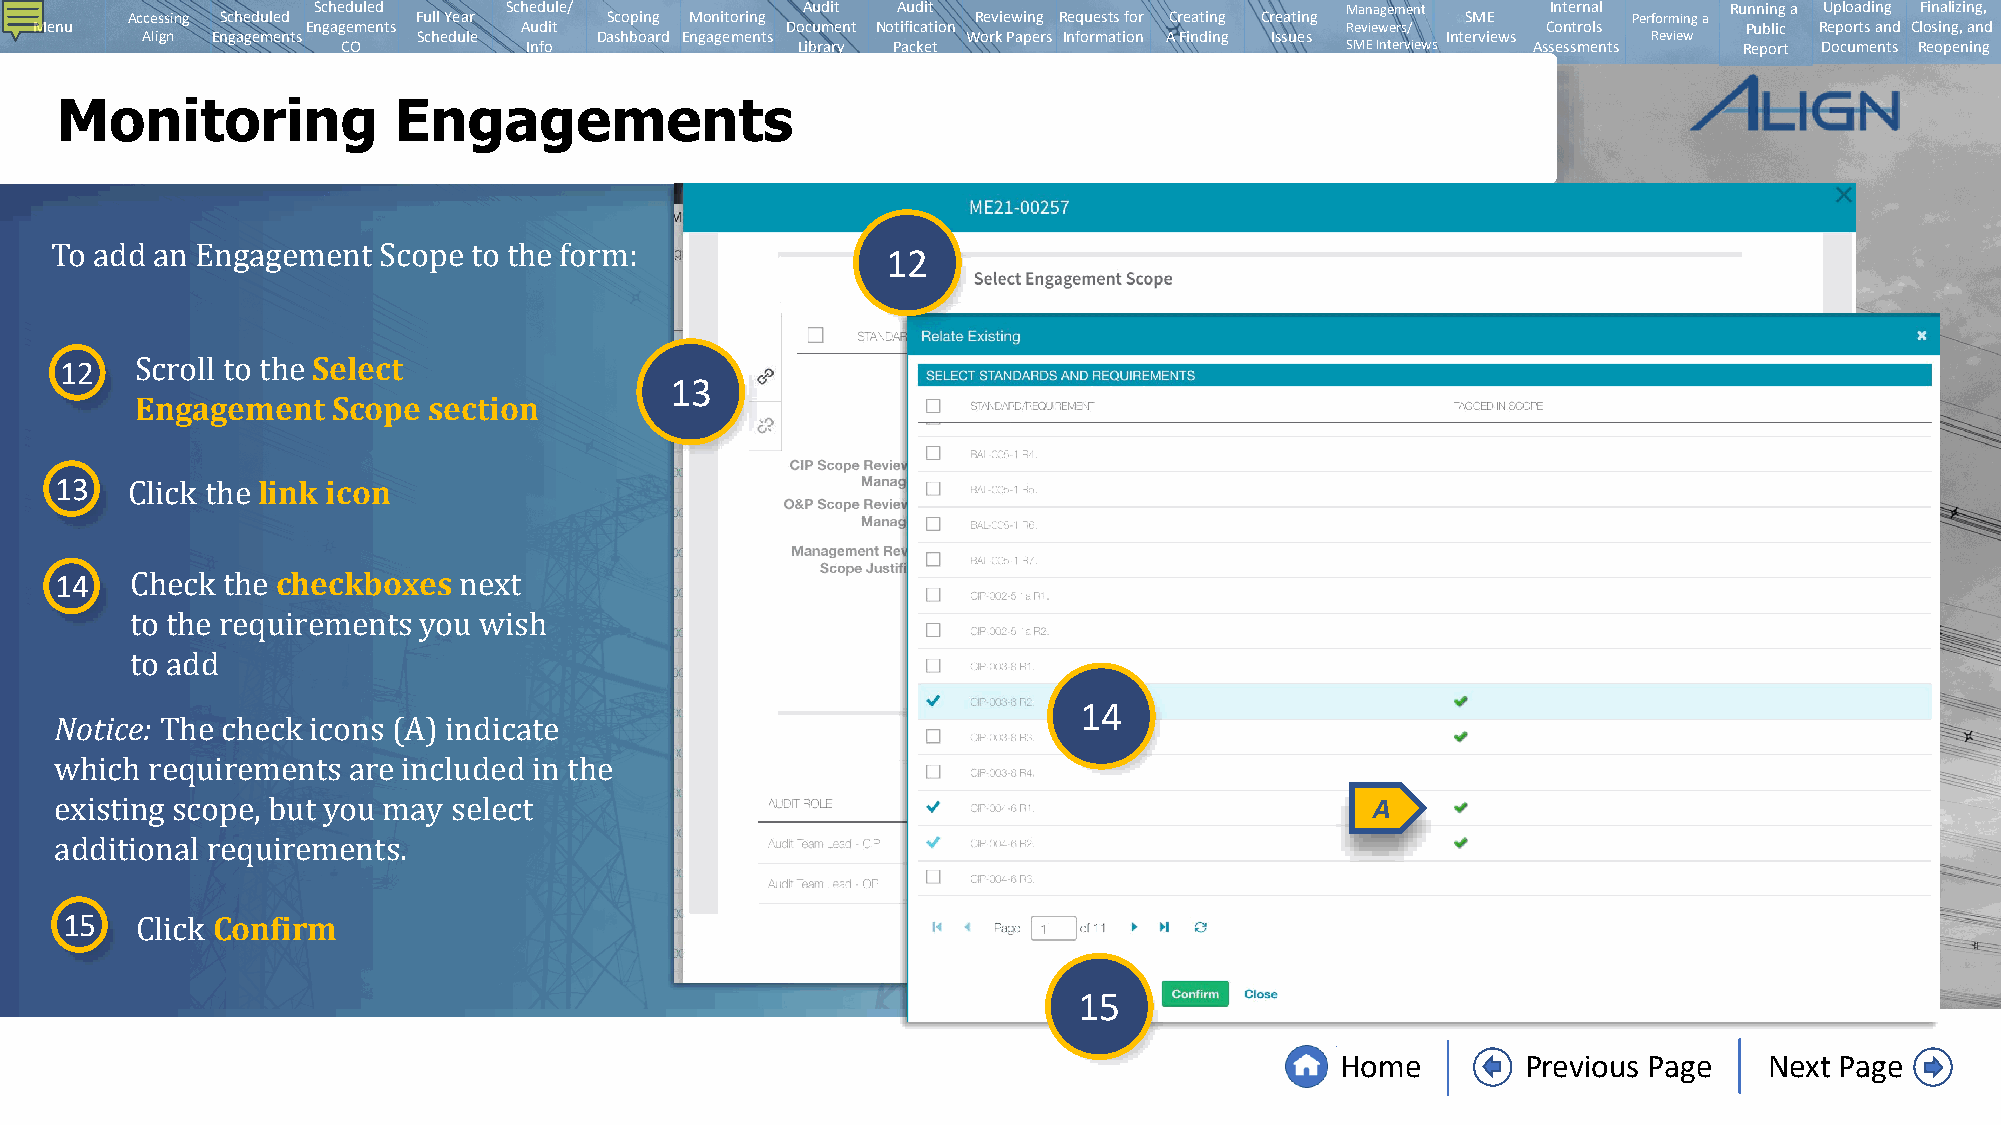
Scheduled   Schedule/           Audit Audit                         Management    Internal   Running a Uploading Finalizing,
 Accessing Scheduled Full Year   Scoping Monitoring       Reviewing Requests for Creating Creating SME Performing a
 Menu              Engagements   Audit             Document Notification                Reviewers/   Controls      Public Reports and Closing, and
 Align Engagements  Schedule   Dashboard Engagements    Work Papers Information A Finding Issues Interviews Review
 CO          Info              Library Packet                      SMEInterviews Assessments Report Documents Reopening
 Monitoring            Engagements
 12
 To add an Engagement  Scope to the form:
 12               Select
 13
 Engagement   Scope section
 Scroll to the
 13           link icon
 Click the
 14            checkboxes
 Check the            next
 to the requirements you wish
 14
 Notice:
 to add
 The check icons (A) indicate
 A
 which requirements are included in the
 existing scope, but you may select
 a1d5ditional r Ce oq nu fi ir re mments.
 Click                                                         15
 Home        Previous Page   Next Page